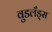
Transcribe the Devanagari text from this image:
वुडलँड्स